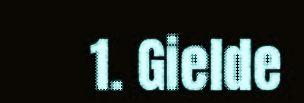
1. Gielde